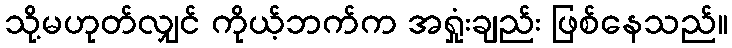
သို့မဟုတ်လျှင် ကိုယ့်ဘက်က အရှုံးချည်း ဖြစ်နေသည်။